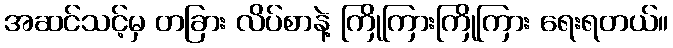
အဆင်သင့်မှ တခြား လိပ်စာနဲ့ ကြိုကြားကြိုကြား ရေးရတယ်။